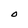
Character: O